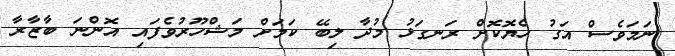
ނަމަވެސް އަގު ހެޔޮކޮށް ރަނގަޅު މުދާ ލިބޭ ކަމަށް މަޝްހޫރުވެފައި އޮންނަ ބާޒާރާ